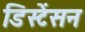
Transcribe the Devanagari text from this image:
डिस्टेंसन